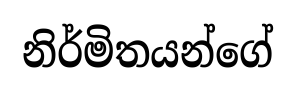
නිර්මිතයන්ගේ